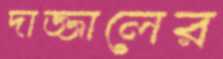
দাজ্জালের